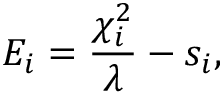
E _ { i } = \frac { \chi _ { i } ^ { 2 } } { \lambda } - s _ { i } ,